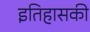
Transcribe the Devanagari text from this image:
इतिहासकी